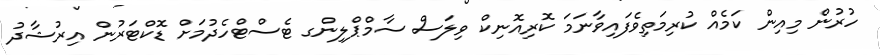
ހުރުން މިއިން ކަމެއް ކުރިމަތިވެފައިވާނަމަ ކޮރިއޮނިކް ވިލަސް ސާމްޕްލިންގ ޓެސްޓްހެދުމަށް ޑޮކްޓަރުން އިރުޝާދު